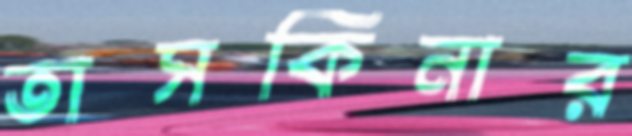
তাসকিনার